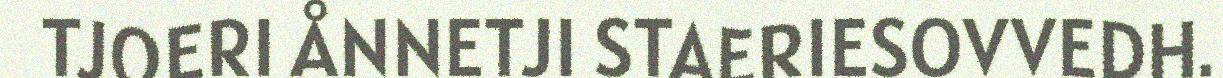
TJOERI ÅNNETJI STAERIESOVVEDH.